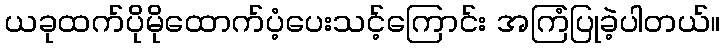
ယခုထက်ပိုမိုထောက်ပံ့ပေးသင့်ကြောင်း အကြံပြုခဲ့ပါတယ်။